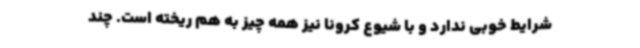
شرایط خوبی ندارد و با شیوع کرونا نیز همه چیز به هم ریخته است. چند